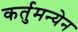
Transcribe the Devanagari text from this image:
कर्तुमन्येन